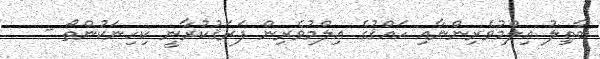
ބާޠިލު ޢިލްމުވެރިންނާއި ހައްޤުގެ ޢިލްމުވެރިން ފަރަޤުކުރާނީ ކިހިނަކުންތޯ -